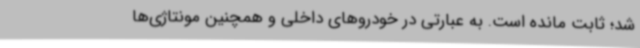
شد؛ ثابت مانده است. به عبارتی در خودروهای داخلی و همچنین مونتاژی‌ها